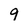
Character: 9